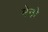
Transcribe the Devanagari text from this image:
मेनो